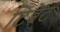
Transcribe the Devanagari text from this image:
टिब्बेट